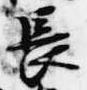
長